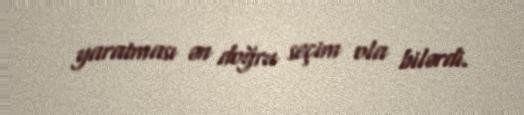
yaratması ən doğru seçim ola bilərdi.